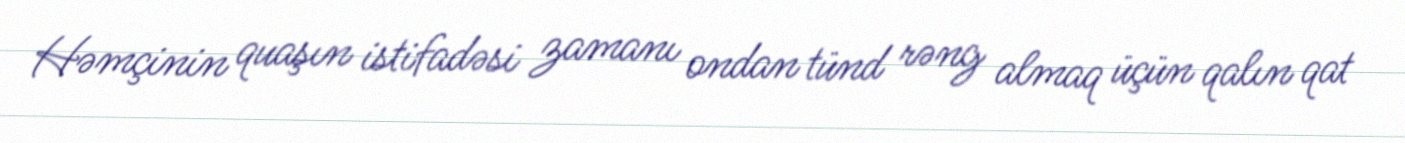
Həmçinin quaşın istifadəsi zamanı ondan tünd rəng almaq üçün qalın qat